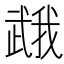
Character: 𭭯